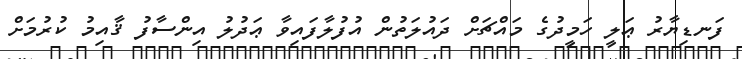
ފަނޑިޔާރު ޢަލީ ހަމީދުގެ މައްޗަށް ދައުލަތުން އުފުލާފައިވާ ޢަދުލު އިންސާފު ޤާއިމު ކުރުމަށް